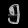
Digit: ၅